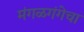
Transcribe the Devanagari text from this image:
मंगळगंगेचा